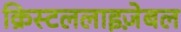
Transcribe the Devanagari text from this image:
क्रिस्टललाइज़ेबल